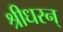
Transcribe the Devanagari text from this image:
श्रीधरन्